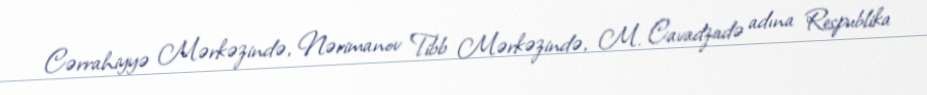
Cərrahiyyə Mərkəzində, Nərimanov Tibb Mərkəzində, M. Cavadzadə adına Respublika